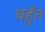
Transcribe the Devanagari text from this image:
बहुँत